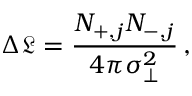
\Delta \mathfrak { L } = \frac { N _ { + , j } N _ { - , j } } { 4 \pi \sigma _ { \perp } ^ { 2 } } \, ,